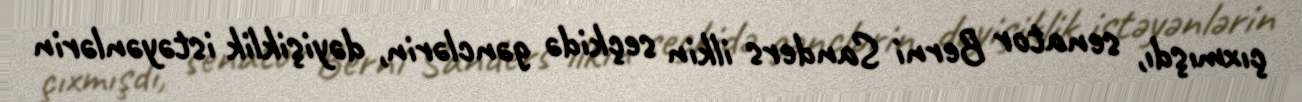
çıxmışdı, senator Berni Sanders ilkin seçkidə gənclərin, dəyişiklik istəyənlərin